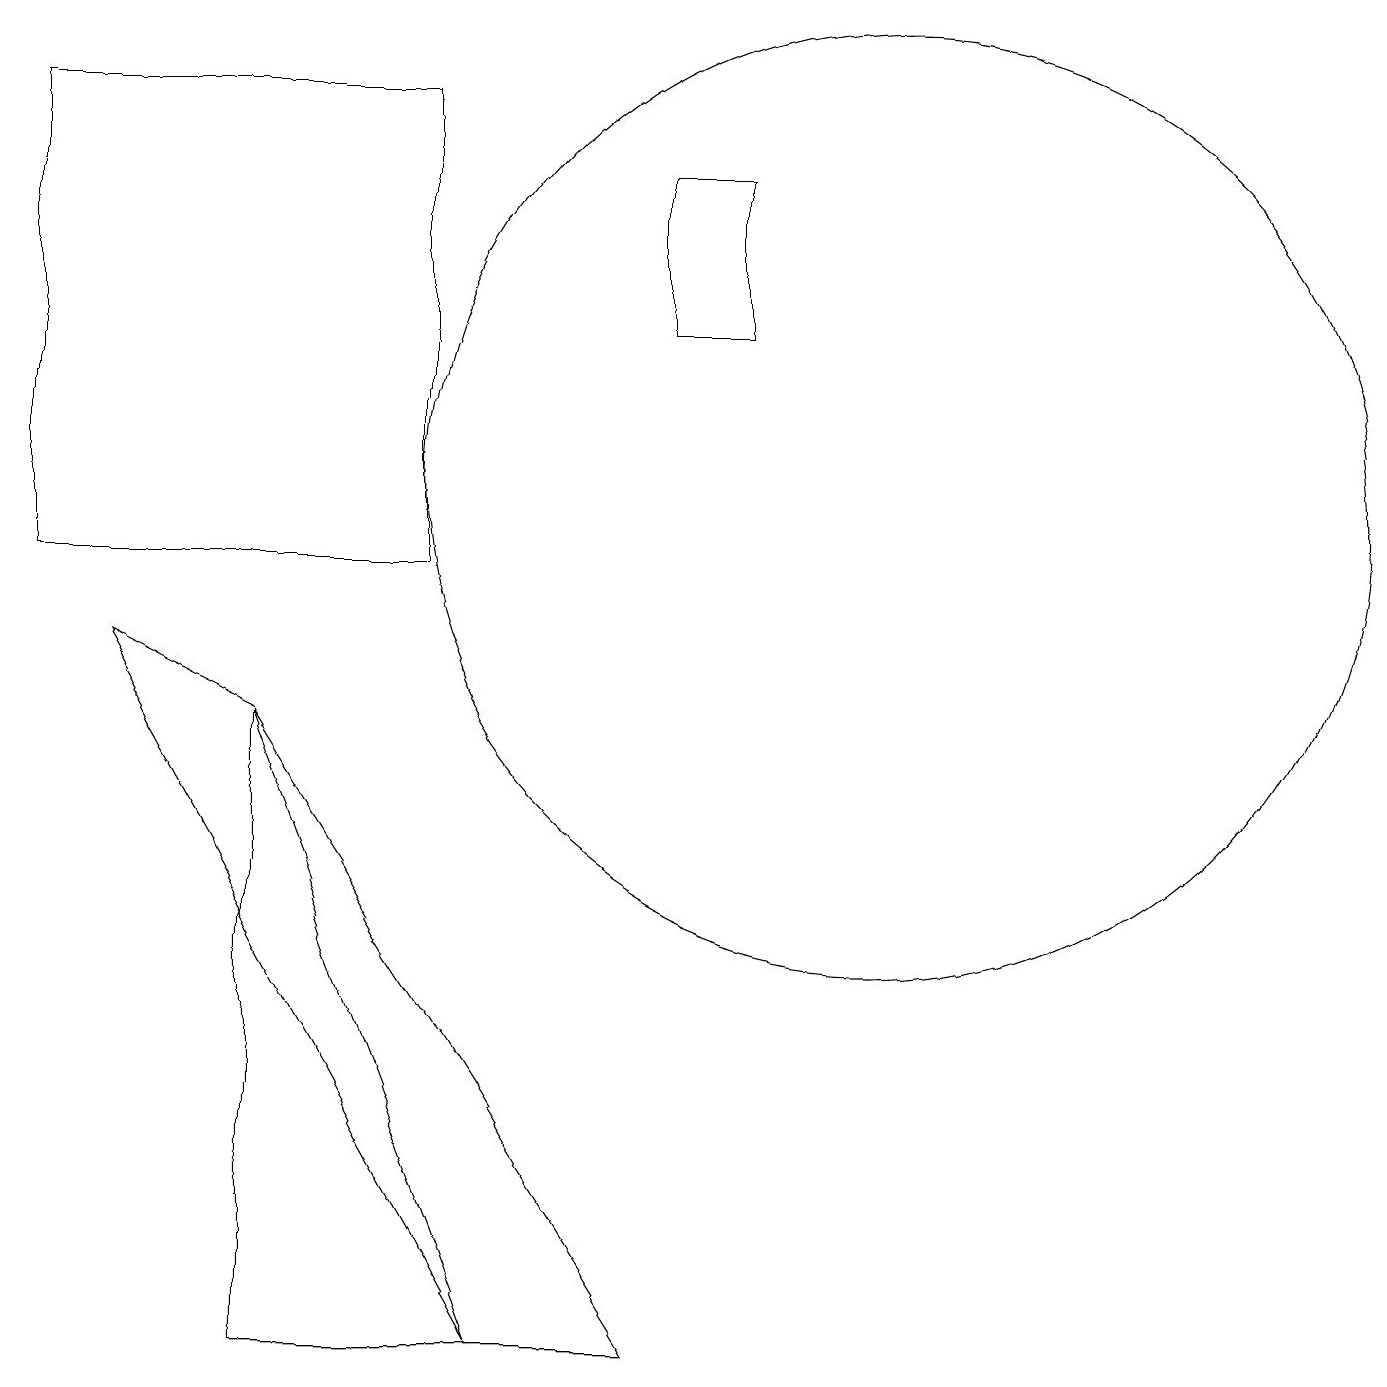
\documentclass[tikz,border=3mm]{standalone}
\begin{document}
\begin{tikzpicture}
\draw (1,9) -- (6,0) -- (3,8) -- cycle;
\draw (11,11) circle (6);
\draw (9,15) rectangle (8,13);
\draw (3,8) -- (3,0) -- (8,0) -- cycle;
\draw (5,16) rectangle (0,10);
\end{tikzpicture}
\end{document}